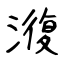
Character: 澓